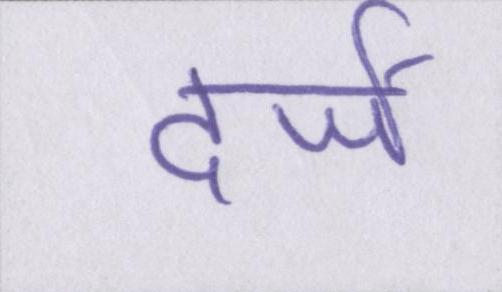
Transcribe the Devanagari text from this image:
दर्जे